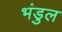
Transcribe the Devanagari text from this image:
भंडुल